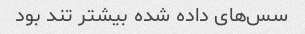
سس‌های داده شده بیشتر تند بود